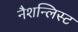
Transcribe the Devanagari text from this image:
नैशन्लिस्ट